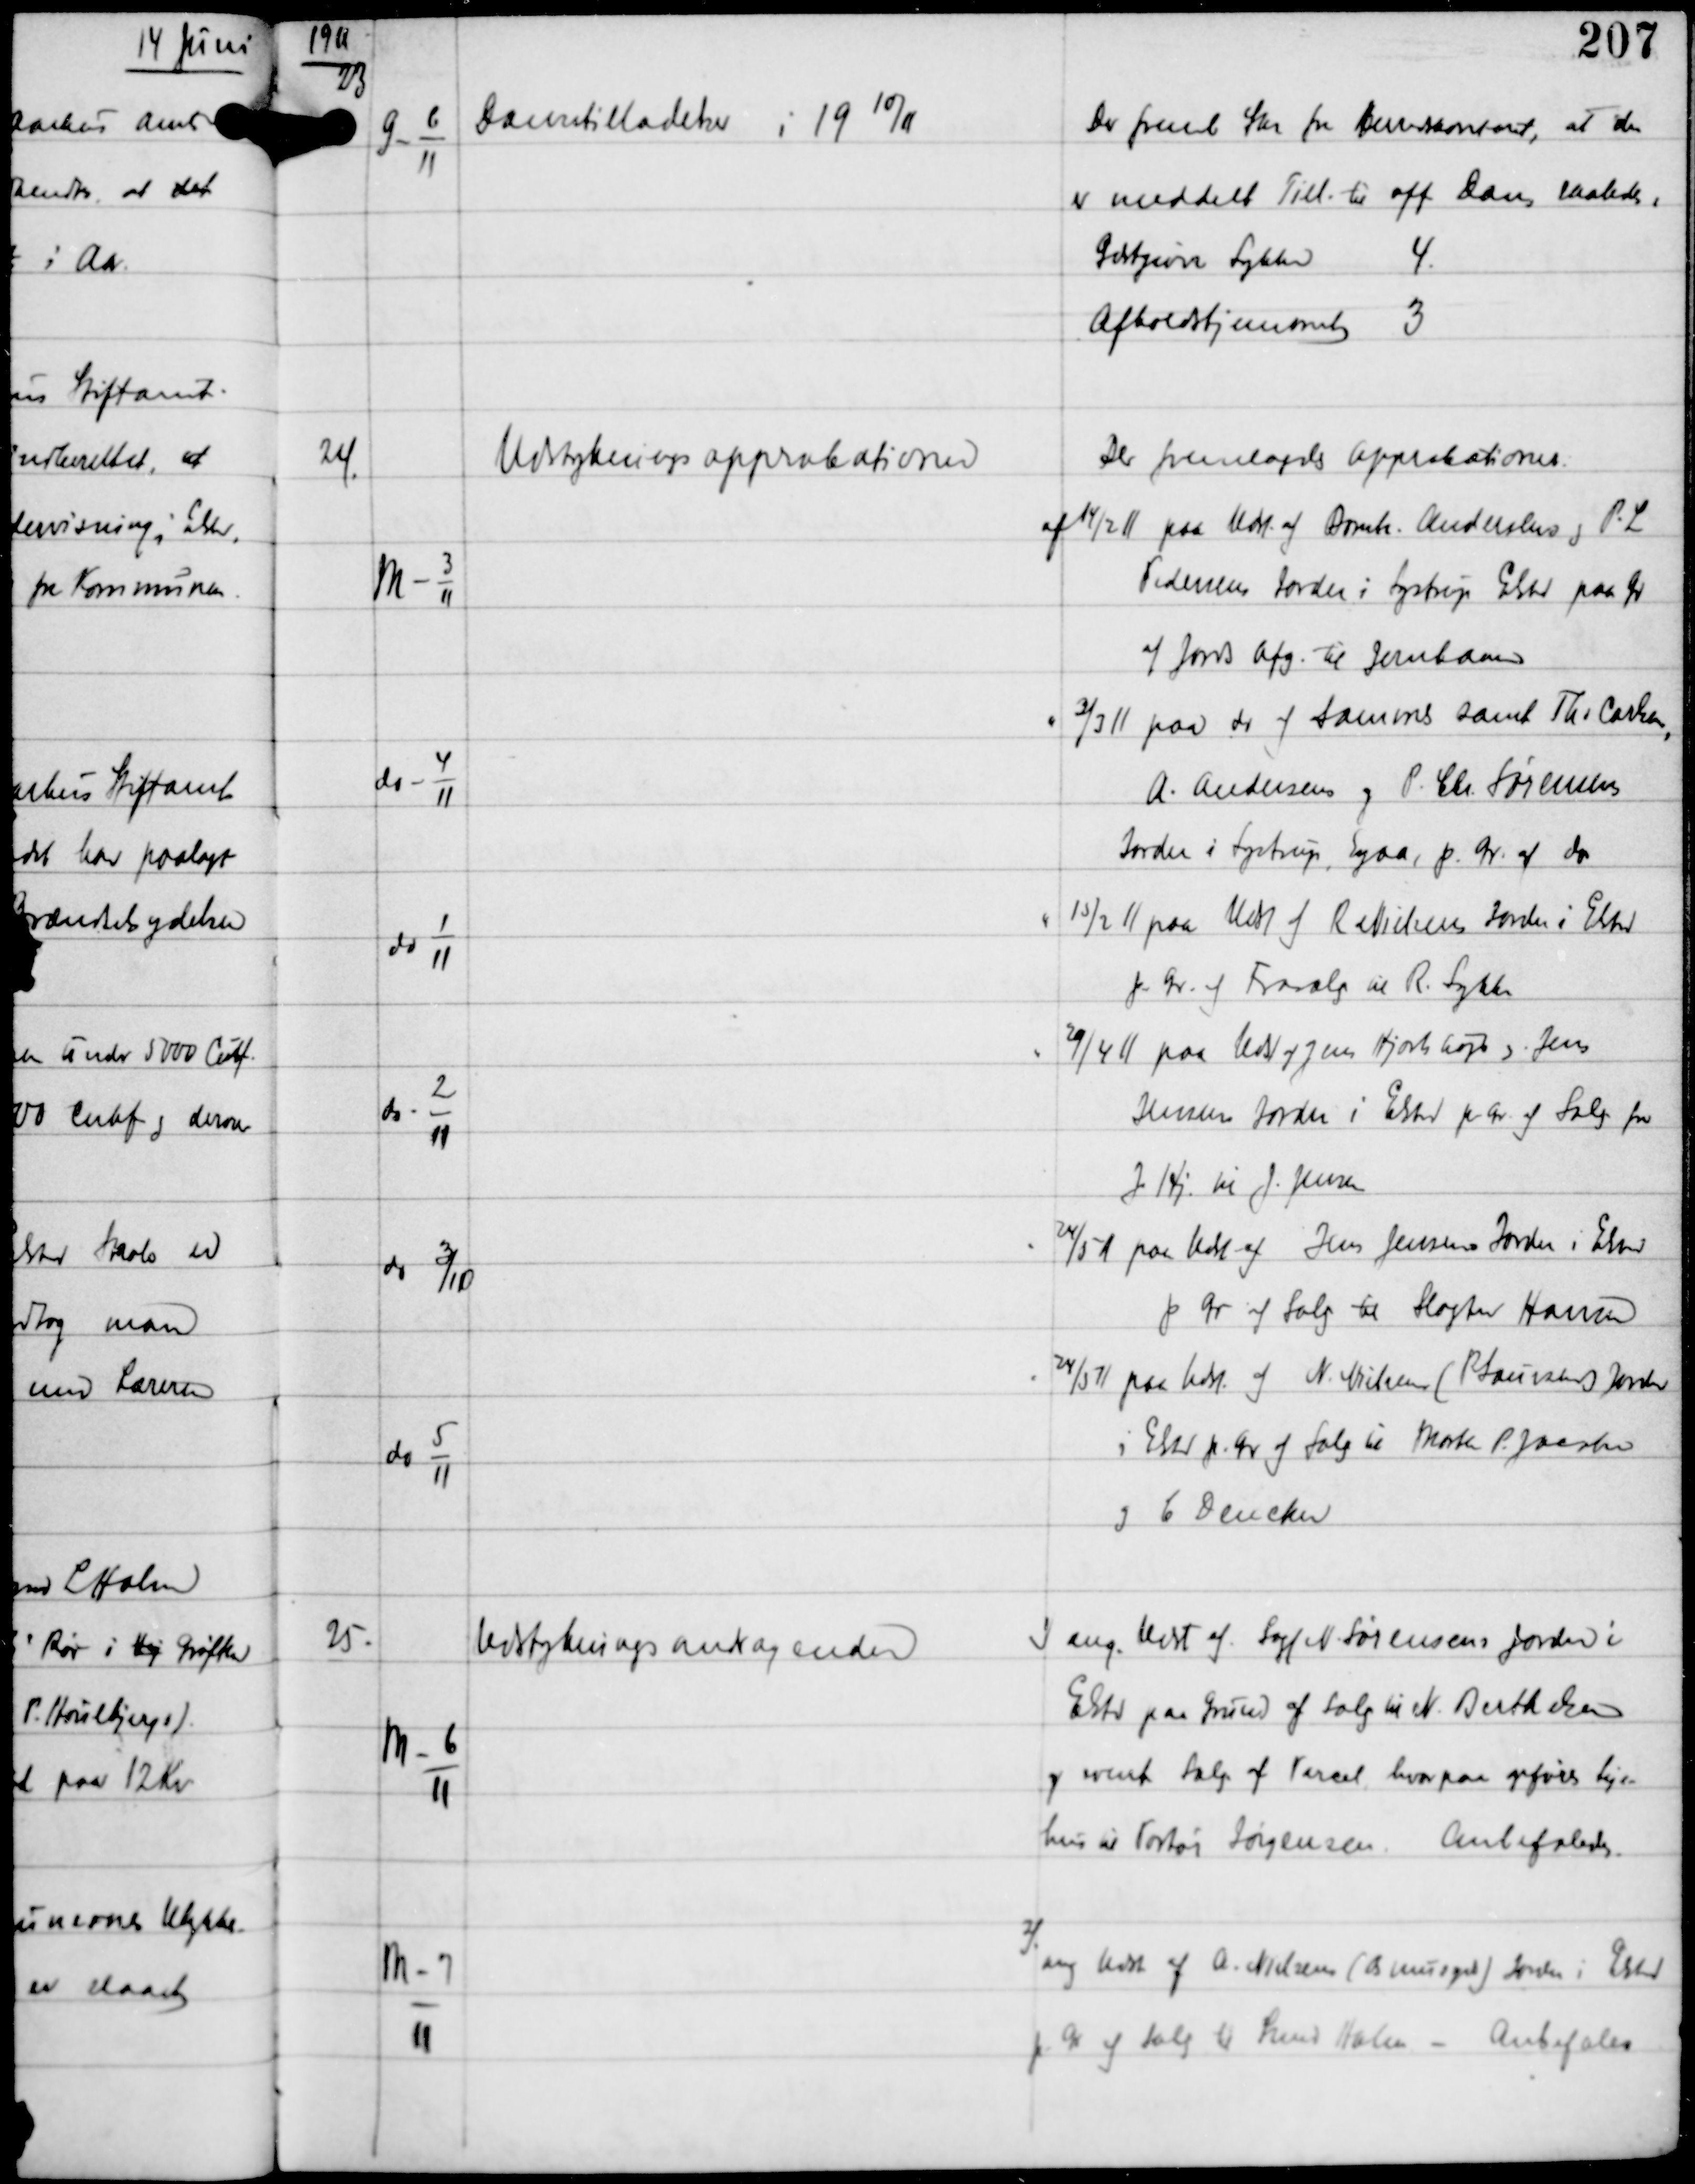
Transskription:
1911

23

G-6
11

Dansetilladelser i 1910/11

Der freml Skr fra Berredskontoret, at der
er meddelt Till. til off Dans saaledes:
Gæstgiver Lykke 4
Afholdshjemmet 3

24

M-3
11

Udstykningsapprobationen

Der fremlagdes Approbationer
af 14/2 11 paa Udst af Bomh. Andersens og P.L
Pedersens Jorder i Lystrup Elsted paa gr
af Jords Afg til Jernbanen

do -4
11

" 31/3 11 paa do af sammes samt Ths Carlsen,
A. Andersen og P. Chr Sørensens
Jorder i Lystrup, Egaa p. gr af do

do -1
11

" 15/2 11 paa Udst af R Nielsens Jorder i Elsted
p. gr af Frasalg til R. Lykke

do - 2
11

" 20/4 11 paa Udst af Jens Hjortshøjs og Jens
Jensens Jorder i Elsted p. gr af Salg fra
J. Hj til J. Jensen

do 3/10

" 24/5 11 paa Udst af Jens Jensens Jorder i Elsted
p. gr af Salg til Slagter Hansen

do 5
11

" 24/5 11 paa Udst af N Nielsen (PLauersens) Jorder
i Elsted p. gr af Salg til Morten P. Jacobsen
og C Dencker

25.

M-6
11

Udstykningsandragender

1) ang Udst af Sagf N Sørensens Jorder i
Elsted paa grund af Salg til N. Berthelsen
og event Salg af Parcel, hvorpaa opføres Leje-
hus til Portør Jørgensen. Anbefaledes.

M-7
11

2)
ang Udst af A. Nielsen (Asmusgd) Jorden i Elsted
p.gr af Salg til Smed Holm .- Anbefales